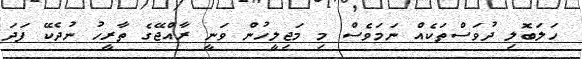
ހަލަބޮލި ދުވަސްތަކެއް ނަމަވެސް މި މަޖިލީހުން ވަނީ ރާއްޖޭގެ ތާރީހު ނުދެކޭ ފަދަ